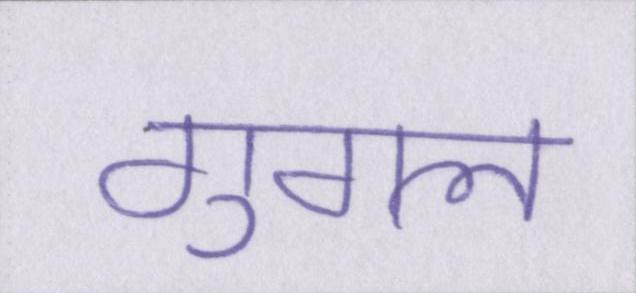
गुगल